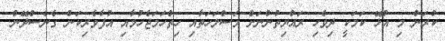
ކުރަން މި އުޅޭ ކަމަކީ ދިވެހި ރައްޔިތުންނަށް މަސްލަހަތާއި ހިތްހަމަޖެހުމާއި އުފާވެރިކަން ގެނެސްދޭން.